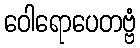
ဝေါရောပေတဗ္ဗံ